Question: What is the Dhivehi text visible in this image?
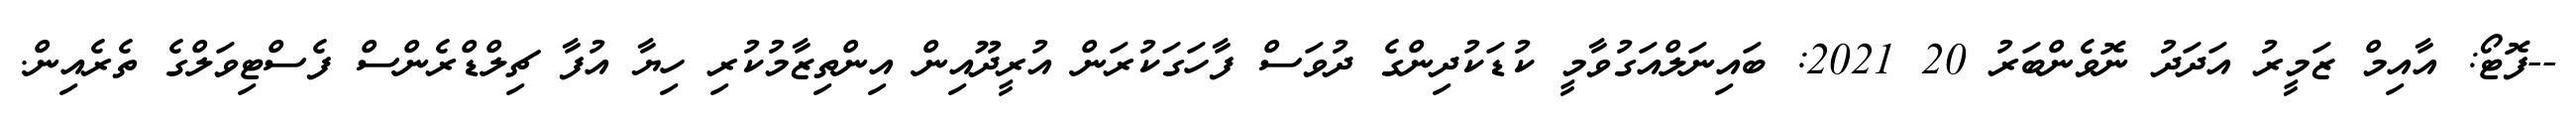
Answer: --ފޮޓޯ: އާއިމް ޒަމީރު އަދަދު ނޮވެންބަރު 20 2021: ބައިނަލްއަގުވާމީ ކުޑަކުދިންގެ ދުވަސް ފާހަގަކުރަން އުރީދޫއިން އިންތިޒާމުކުރި ހިޔާ އުފާ ޗިލްޑްރެންސް ފެސްޓިވަލްގެ ތެރެއިން.